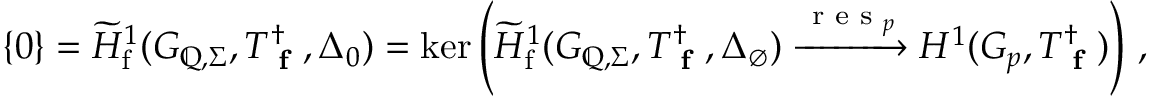
\{ 0 \} = \widetilde { H } _ { \mathrm { f } } ^ { 1 } ( G _ { \mathbb { Q } , \Sigma } , T _ { \textup { \bf f } } ^ { \dagger } , \Delta _ { 0 } ) = \ker \left( \widetilde { H } _ { \mathrm { f } } ^ { 1 } ( G _ { \mathbb { Q } , \Sigma } , T _ { \textup { \bf f } } ^ { \dagger } , \Delta _ { \emptyset } ) \xrightarrow { \textup { r e s } _ { p } } H ^ { 1 } ( G _ { p } , T _ { \textup { \bf f } } ^ { \dagger } ) \right) \, ,